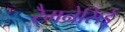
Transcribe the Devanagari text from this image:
रैमनेसिई